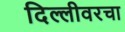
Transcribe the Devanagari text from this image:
दिल्लीवरचा